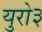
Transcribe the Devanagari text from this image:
युरो३